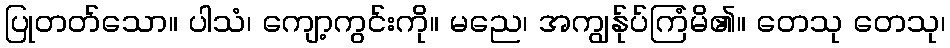
ပြုတတ်သော။ ပါသံ၊ ကျော့ကွင်းကို။ မညေ၊ အကျွန်ုပ်ကြံမိ၏။ တေသု တေသု၊